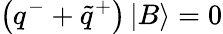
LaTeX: \left(q^{-}+\tilde{q}^{+}\right)\left|B\right\rangle=0